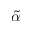
\tilde { \alpha }